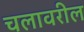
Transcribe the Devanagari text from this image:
चलावरील